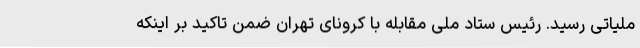
ملیاتی رسید. رئیس ستاد ملی مقابله با کرونای تهران ضمن تاکید بر اینکه